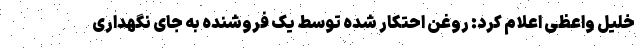
خلیل واعظی اعلام کرد: روغن احتکار شده توسط یک فروشنده به جای نگهداری